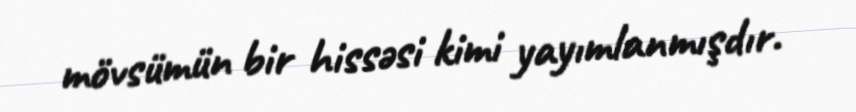
mövsümün bir hissəsi kimi yayımlanmışdır.